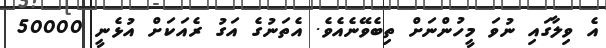
އެ ވިލާގައި ނުވަ މީހުންނަށް ތިބެވޭނެއެވެ. އެތަނުގެ އަގު ރެއަކަށް އުޅެނީ 50000